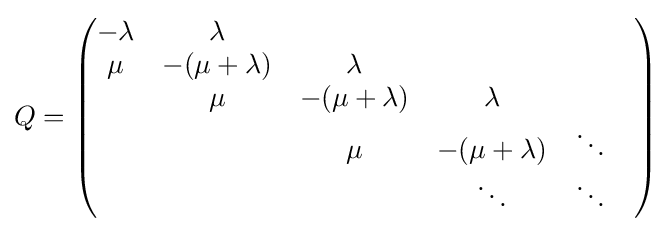
Q={\begin{pmatrix}-\lambda &\lambda \\\mu &-(\mu +\lambda )&\lambda \\&\mu &-(\mu +\lambda )&\lambda \\&&\mu &-(\mu +\lambda )&\ddots &\\&&&\ddots &\ddots \end{pmatrix}}